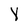
Character: 4